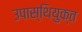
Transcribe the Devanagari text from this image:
उपास्थियुक्त